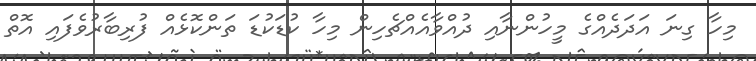
މިހާ ގިނަ އަދަދެއްގެ މީހުންނާއި ދުއްވާއެއްޗެހިން މިހާ ކުޑަކުޑަ ތަންކޮޅެއް ފުރިބާރުވެފައި އޮތް